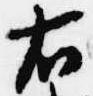
右